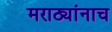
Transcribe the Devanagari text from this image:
मराठ्यांनाच